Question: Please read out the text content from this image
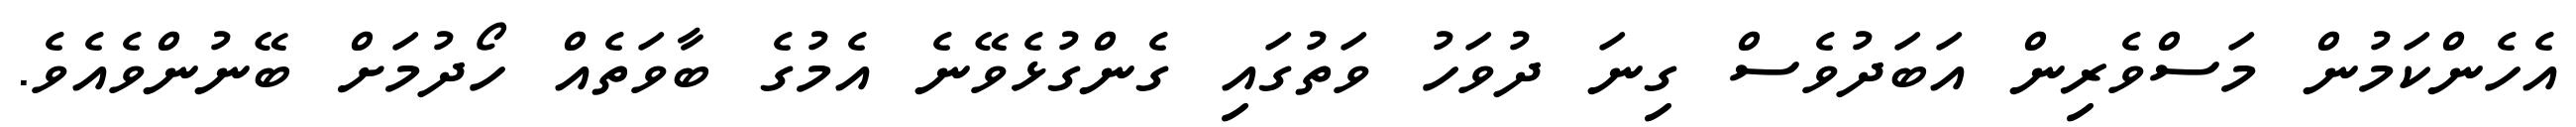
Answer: އެހެންކަމުން މަސްވެރިން އަބަދުވެސް ގިނަ ދުވަހު ވަތުގައި ގެންގުޅެވޭނެ އެމުގެ ބާވަތެއް ހޯދުމަށް ބޭނުންވެއެވެ.